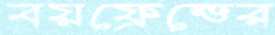
বয়ফ্রেন্ডের